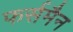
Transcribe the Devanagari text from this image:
फर्समैन